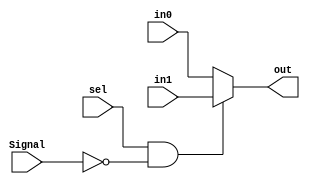
module mux2X1( in0,in1,sel,out,Signal);
input in0,in1;
input sel;
output out;
input [5:0]Signal;

assign out = (sel == 1'b1 && Signal == 6'b000000 )?in1:
	         in0;

endmodule